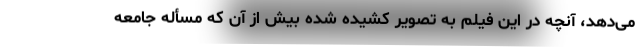
می‌دهد، آنچه در این فیلم به تصویر کشیده شده بیش از آن که مسأله جامعه